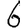
Digit: 6